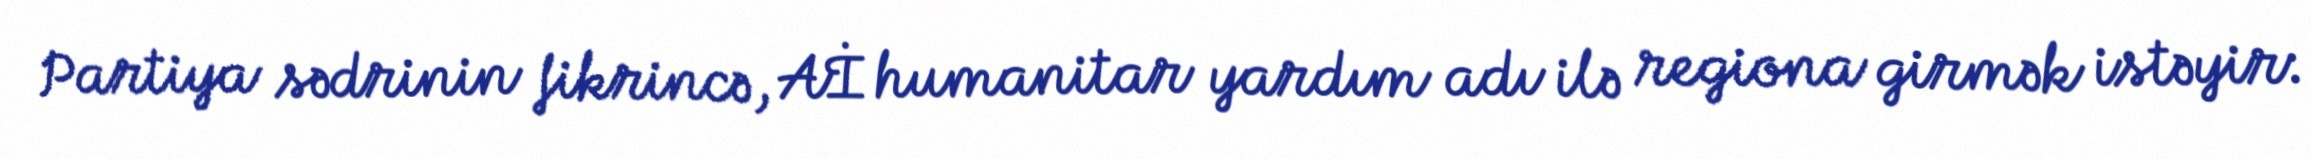
Partiya sədrinin fikrincə, Aİ humanitar yardım adı ilə regiona girmək istəyir: